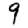
Digit: 9